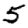
Digit: 5